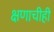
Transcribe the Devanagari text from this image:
क्षणाचीही